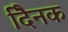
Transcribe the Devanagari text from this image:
दैिनक